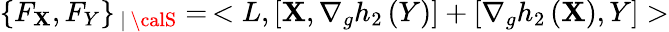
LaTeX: \{ F_{\mathbf{X}},F_{Y}\} _{\, |\, {\calS}}=\, <L,[\mathbf{X},\nabla_{g}h_{2}\, (Y)]+[\nabla_{g}h_{2}\, (\mathbf{X}),Y]>